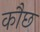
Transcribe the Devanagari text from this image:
कौछ